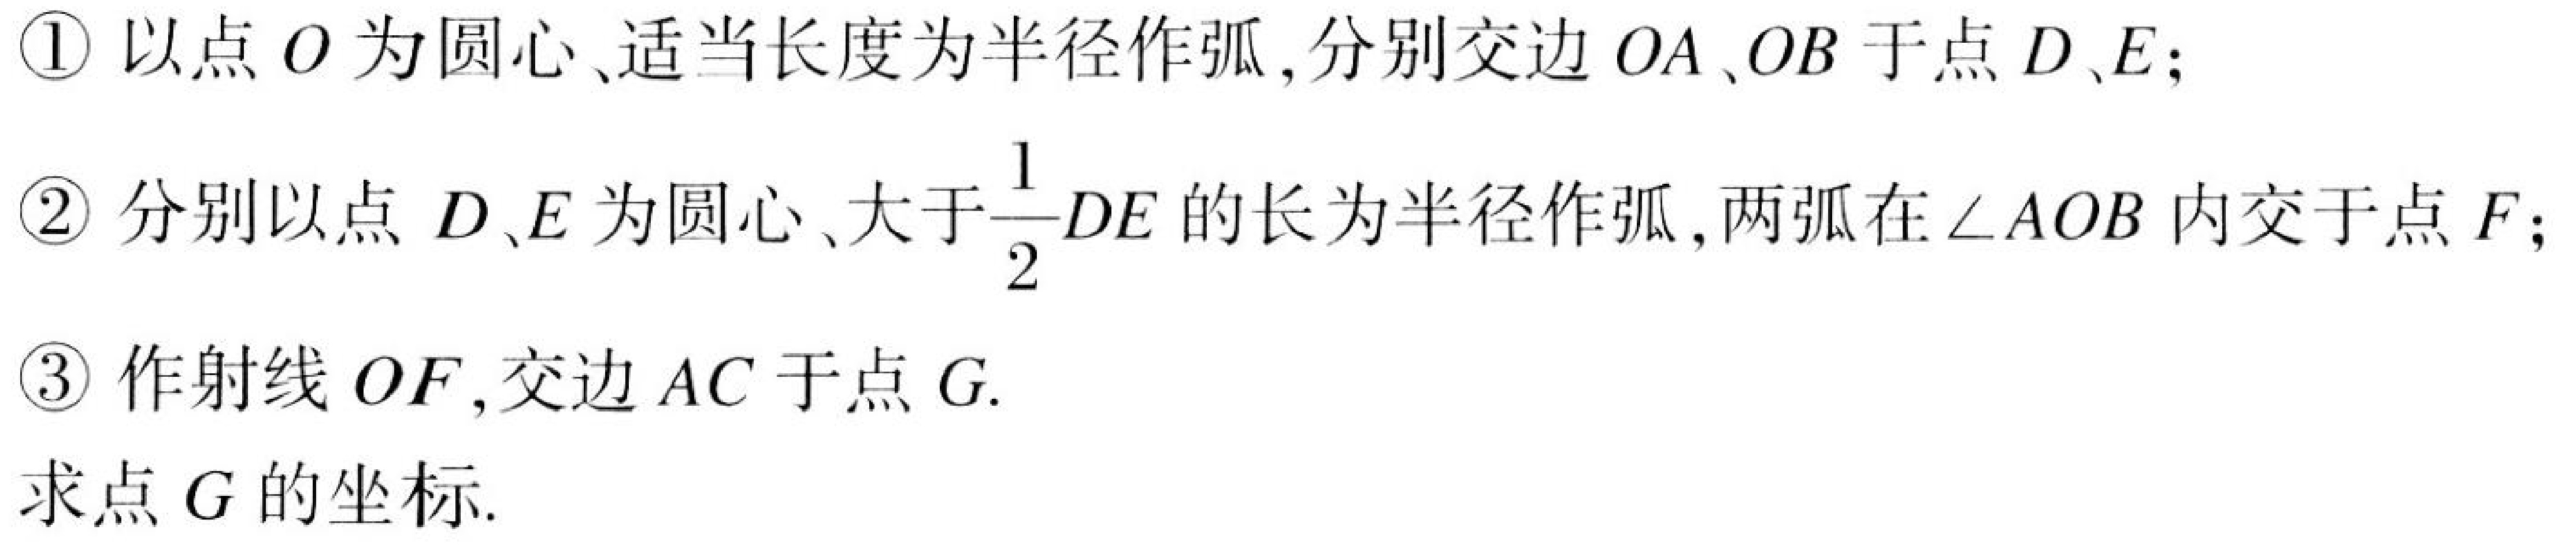
\textcircled{1} 以点 \(O\) 为圆心、适当长度为半径作弧,分别交边 \(OA\)、\(OB\) 于点 \(D\)、\(E\);
\textcircled{2} 分别以点 \(D\)、\(E\) 为圆心、大于\(\dfrac{1}{2}DE\) 的长为半径作弧,两弧在 \(\angle AOB\) 内交于点 \(F\);
\textcircled{3} 作射线 \(OF\),交边 \(AC\) 于点 \(G\).
求点 \(G\) 的坐标.